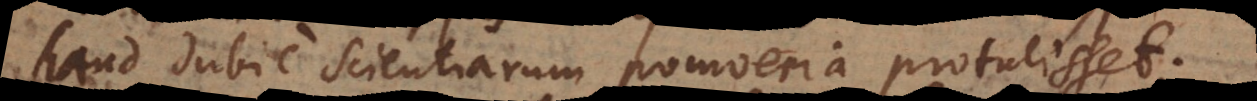
haud dubie scientiarum pomoeria protulisset.